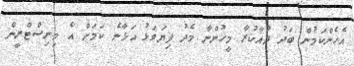
އެހެންކަމުން ބަދު ދުއާކުރާ މީހުންނާ މެދު ފިޔަވަޅު އަޅާނެ ކަމަށް އެ މިނިސްޓްރީން